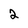
Character: 2